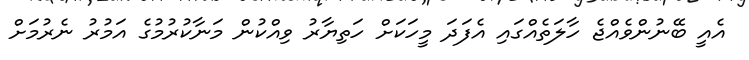
އެއީ ބޭނުންވެއްޖެ ހާލަތެއްގައި އެފަދަ މީހަކަށް ހަތިޔާރު ވިއްކުން މަނާކުރުމުގެ އަމުރު ނެރުމަށް